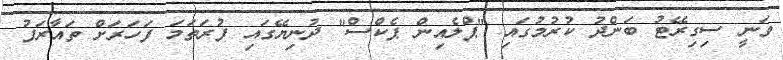
ވަނީ ސިގިރޭޓު ބަންދު ކުރުމުގައި "ޕްލެއިން ޕެކްސް" ދުނިޔޭގައި ފުރަތަމަ ފަހަރަށް ތައާރަފު